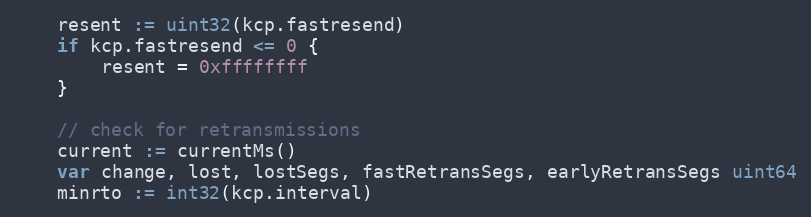
Language: Go
	resent := uint32(kcp.fastresend)
	if kcp.fastresend <= 0 {
		resent = 0xffffffff
	}

	// check for retransmissions
	current := currentMs()
	var change, lost, lostSegs, fastRetransSegs, earlyRetransSegs uint64
	minrto := int32(kcp.interval)